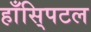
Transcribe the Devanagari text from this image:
हाँसि्पटल